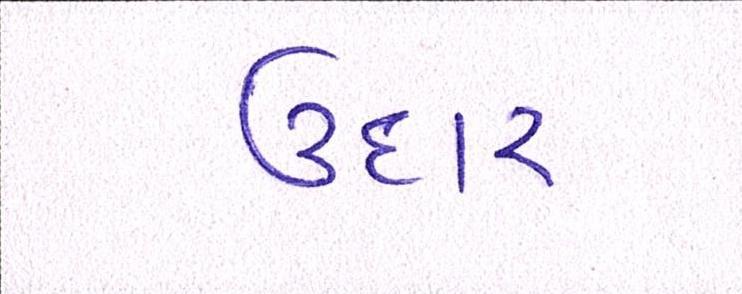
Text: ઉદાર